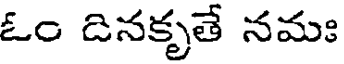
ఓం దినకృతే నమః